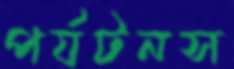
পর্যটনস